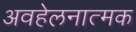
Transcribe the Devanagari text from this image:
अवहेलनात्मक